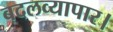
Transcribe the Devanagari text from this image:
बदलव्यापार।